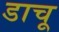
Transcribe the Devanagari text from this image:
डाचू